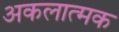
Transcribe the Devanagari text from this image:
अकलात्मक